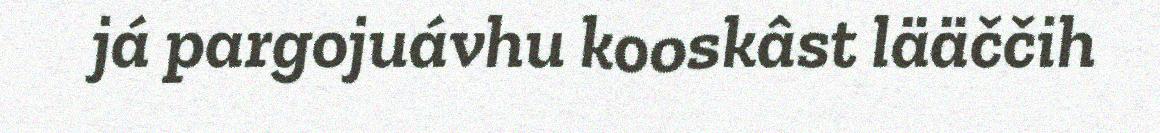
já pargojuávhu kooskâst lääččih